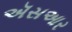
ઍસઆર